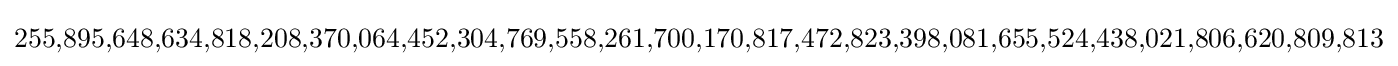
255,\!895,\!648,\!634,\!818,\!208,\!370,\!064,\!452,\!304,\!769,\!558,\!261,\!700,\!170,\!817,\!472,\!823,\!398,\!081,\!655,\!524,\!438,\!021,\!806,\!620,\!809,\!813